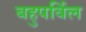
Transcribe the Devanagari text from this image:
बहुपर्विल